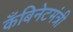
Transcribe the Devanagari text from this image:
कँबिनेटमंत्री